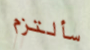
سألتزم